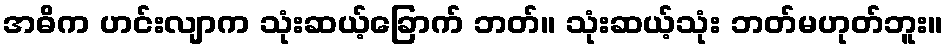
အဓိက ဟင်းလျာက သုံးဆယ့်ခြောက် ဘတ်။ သုံးဆယ့်သုံး ဘတ်မဟုတ်ဘူး။